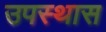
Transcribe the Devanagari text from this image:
उपस्थास